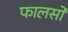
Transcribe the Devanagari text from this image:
फालसों